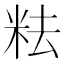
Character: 𥹓